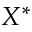
X ^ { \ast }